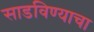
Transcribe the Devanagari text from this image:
साडविण्याचा